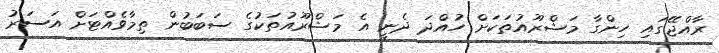
ރާއްޖޭގައި ހިންގާ މަޝްރޫއުތަކަށް ހުއްދަ ދެނީ އެ މަޝްރޫއުތަކުގެ ސަބަބުން ތިމާވެއްޓަށް އަސަރު